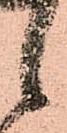
候